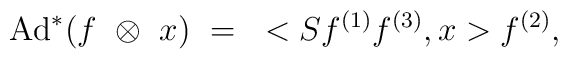
\mbox{Ad}^{*}(f~\otimes~ x)~=~<Sf^{(1)}f^{(3)},x>f^{(2)},